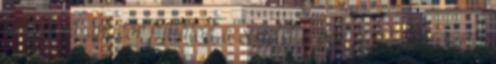
kell írnod amikor futtatod a scriptet a böngésződben. Az